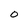
Character: O